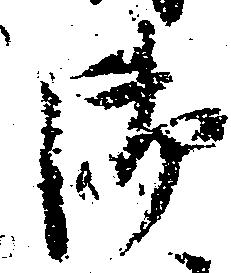
御